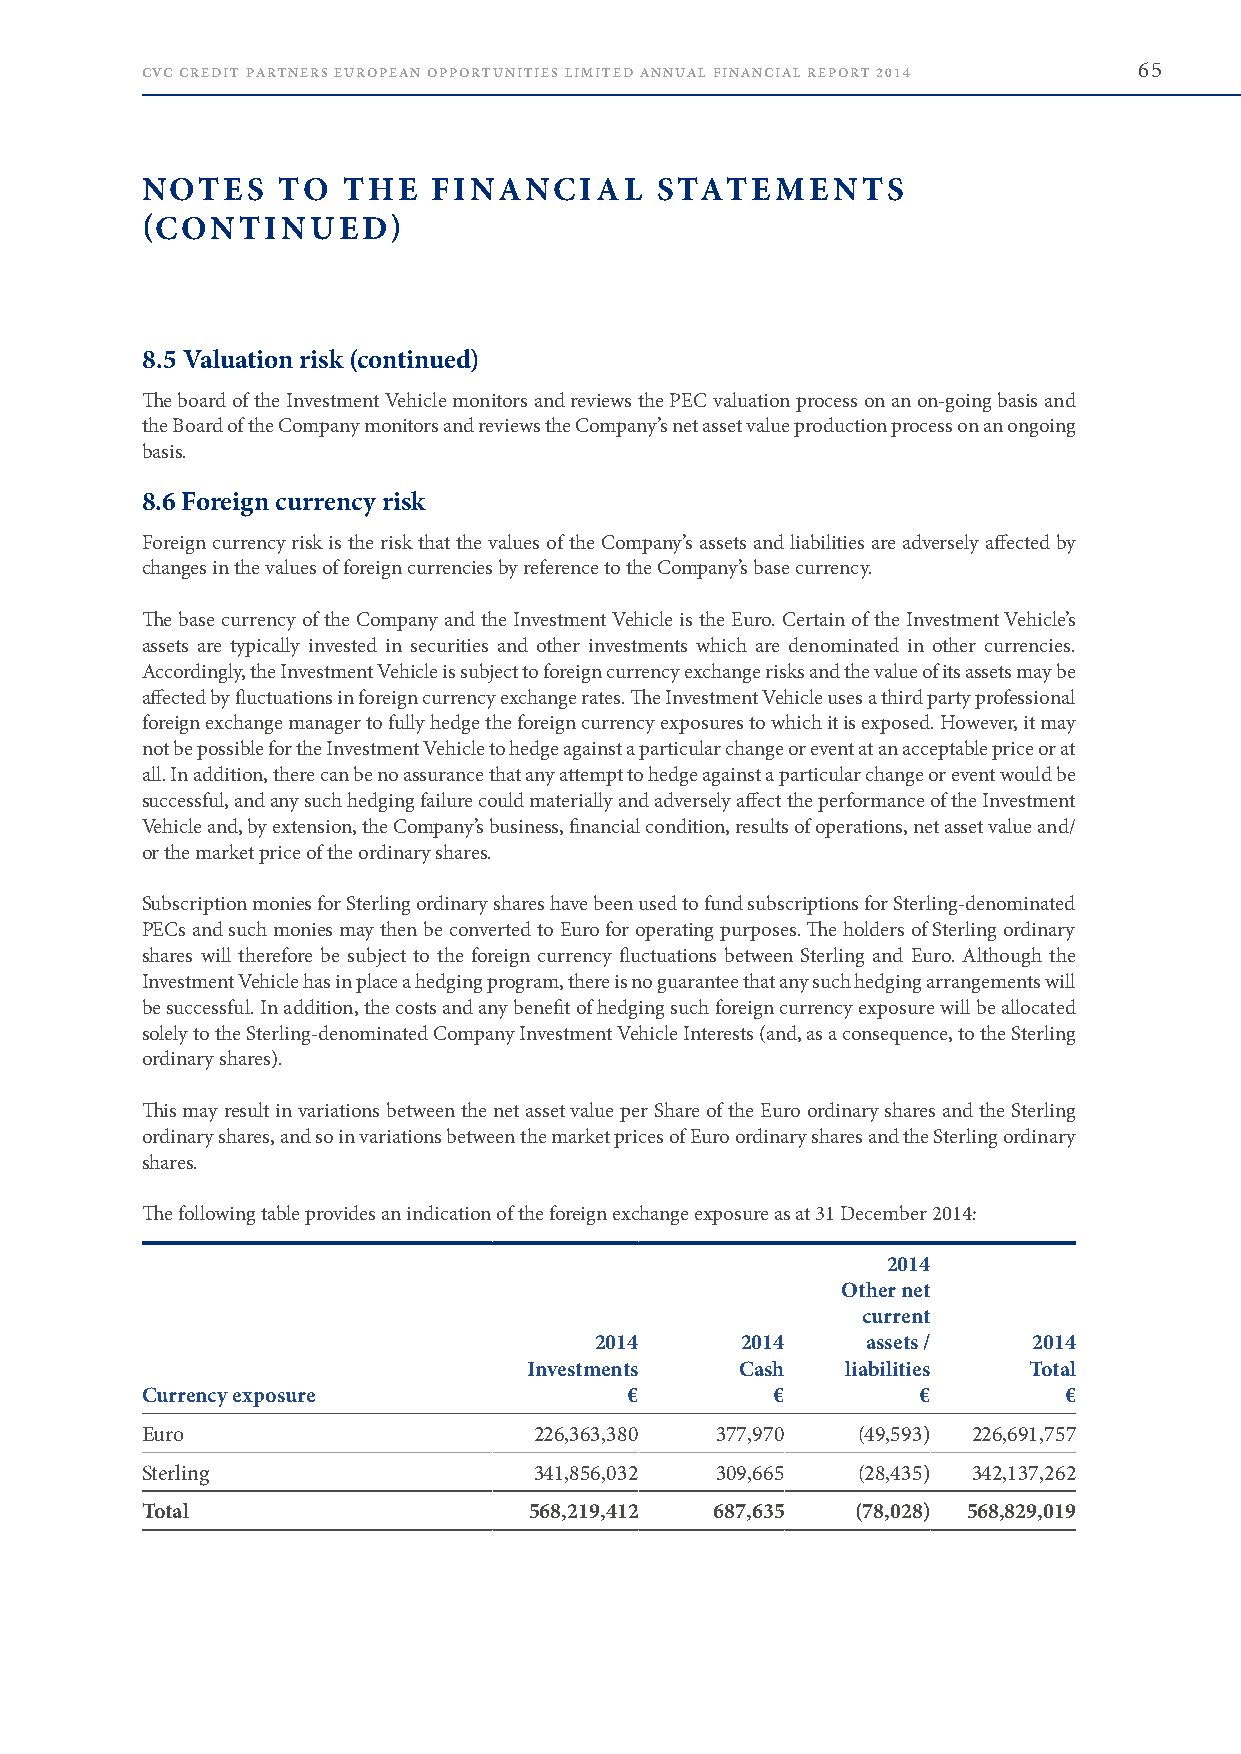
CVC CREDIT PARTNERS EUROPEAN OPPORTUNITIES LIMITED ANNUAL FINANCIAL REPORT 2014 65
 NOTES    TO   THE   FINANCIAL     STATEMENTS
 (CONTINUED)
 8.5 Valuation risk (continued)
 The board of the Investment Vehicle monitors and reviews the PEC valuation process on an on-going basis and
 the Board of the Company monitors and reviews the Company’s net asset value production process on an ongoing
 basis .
 8.6 Foreign currency risk
 Foreign currency risk is the risk that the values of the Company’s assets and liabilities are adversely affected by
 changes in the values of foreign currencies by reference to the Company’s base currency .
 The base currency of the Company and the Investment Vehicle is the Euro . Certain of the Investment Vehicle’s
 assets are typically invested in securities and other investments which are denominated in other currencies .
 Accordingly, the Investment Vehicle is subject to foreign currency exchange risks and the value of its assets may be
 affected by fluctuations in foreign currency exchange rates . The Investment Vehicle uses a third party professional
 foreign exchange manager to fully hedge the foreign currency exposures to which it is exposed . However, it may
 not be possible for the Investment Vehicle to hedge against a particular change or event at an acceptable price or at
 all . In addition, there can be no assurance that any attempt to hedge against a particular change or event would be
 successful, and any such hedging failure could materially and adversely affect the performance of the Investment
 Vehicle and, by extension, the Company’s business, financial condition, results of operations, net asset value and/
 or the market price of the ordinary shares .
 Subscription monies for Sterling ordinary shares have been used to fund subscriptions for Sterling-denominated
 PECs and such monies may then be converted to Euro for operating purposes . The holders of Sterling ordinary
 shares will therefore be subject to the foreign currency fluctuations between Sterling and Euro . Although the
 Investment Vehicle has in place a hedging program, there is no guarantee that any such hedging arrangements will
 be successful . In addition, the costs and any benefit of hedging such foreign currency exposure will be allocated
 solely to the Sterling-denominated Company Investment Vehicle Interests (and, as a consequence, to the Sterling
 ordinary shares) .
 This may result in variations between the net asset value per Share of the Euro ordinary shares and the Sterling
 ordinary shares, and so in variations between the market prices of Euro ordinary shares and the Sterling ordinary
 shares .
 The following table provides an indication of the foreign exchange exposure as at 31 December 2014:
 2014
 Other net
 current
 2014      2014    assets /   2014
 Investments   Cash   liabilities Total
 Currency exposure                €        €         €        €
 Euro                      226,363,380 377,970   (49,593) 226,691,757
 Sterling                  341,856,032 309,665   (28,435) 342,137,262
 Total                     568,219,412 687,635   (78,028) 568,829,019